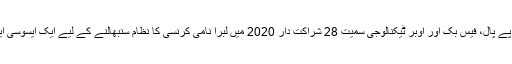
ماسٹر کارڈز، پے پال، فیس بک اور اوبر ٹیکنالوجی سمیت 28 شراکت دار 2020 میں لبرا نامی کرنسی کا نظام سنبھالنے کے لیے ایک ایسوسی ایشن بنائیں گے۔